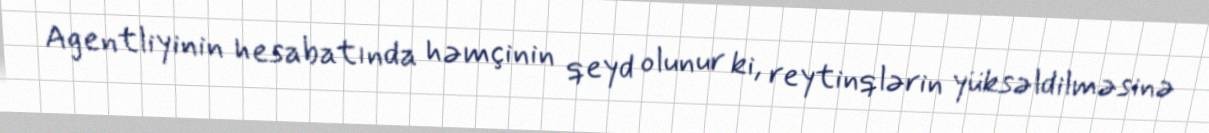
Agentliyinin hesabatında həmçinin qeyd olunur ki, reytinqlərin yüksəldilməsinə